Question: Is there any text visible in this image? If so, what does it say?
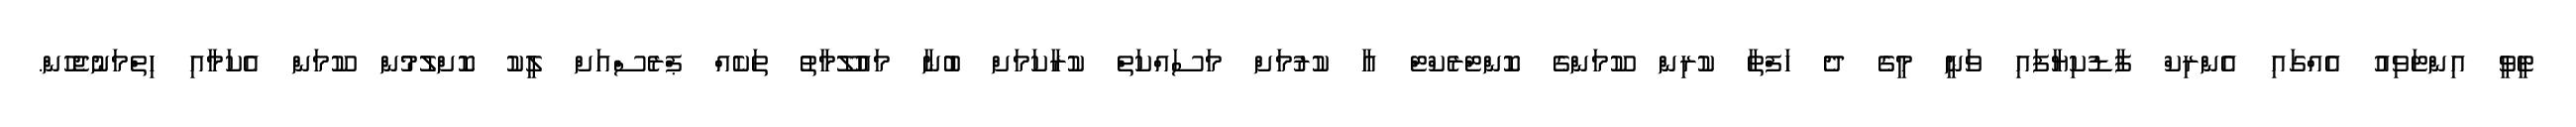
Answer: ޓީވީ އިންޓަވިއު އެއްގައި އެންރިކް ފާޑުކިޔާފައި ވަނީ މީގެ ދެ ހަފްތާ ކުރިން ކޫމަންގެ ކޮންޓްރެކްޓް އާ ކުރުމަށް މަސައްކަތް ކުރާކަމަށް ބުނާ މައުލޫމާތު ތަކެއް ޕްރެސްއަށް ލީކު ކޮށްލުމުން ކޫމަން އެކަމާއި ހިތްމަނުޖެހުން.